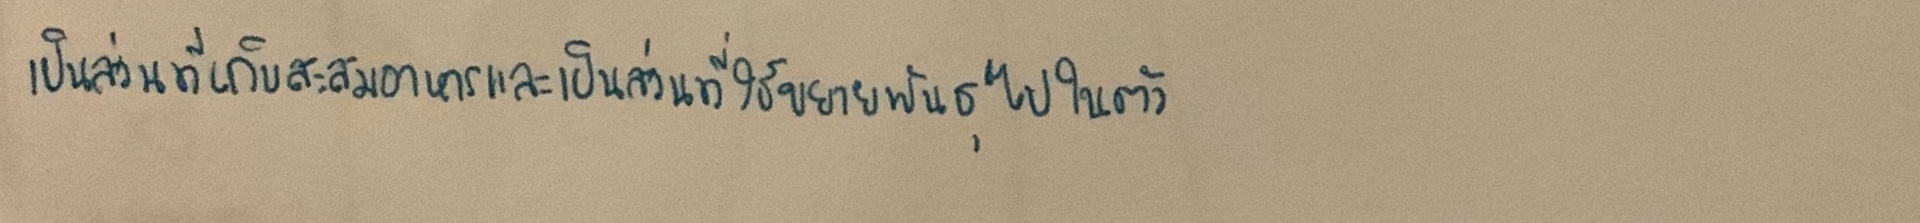
เป็นส่วนที่เก็บสะสมอาหารและเป็นส่วนที่ใช้ขยายพันธุ์ไปในตัว